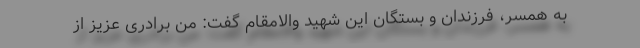
به همسر، فرزندان و بستگان این شهید والامقام گفت: من برادری عزیز از